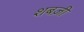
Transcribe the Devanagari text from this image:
शबज़ी